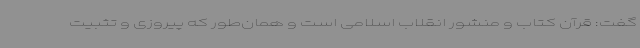
گفت: قرآن کتاب و منشور انقلاب اسلامی است و همان‌طور که پیروزی و تثبیت